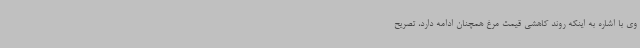
وی با اشاره به اینکه روند کاهشی قیمت مرغ همچنان ادامه دارد، تصریح